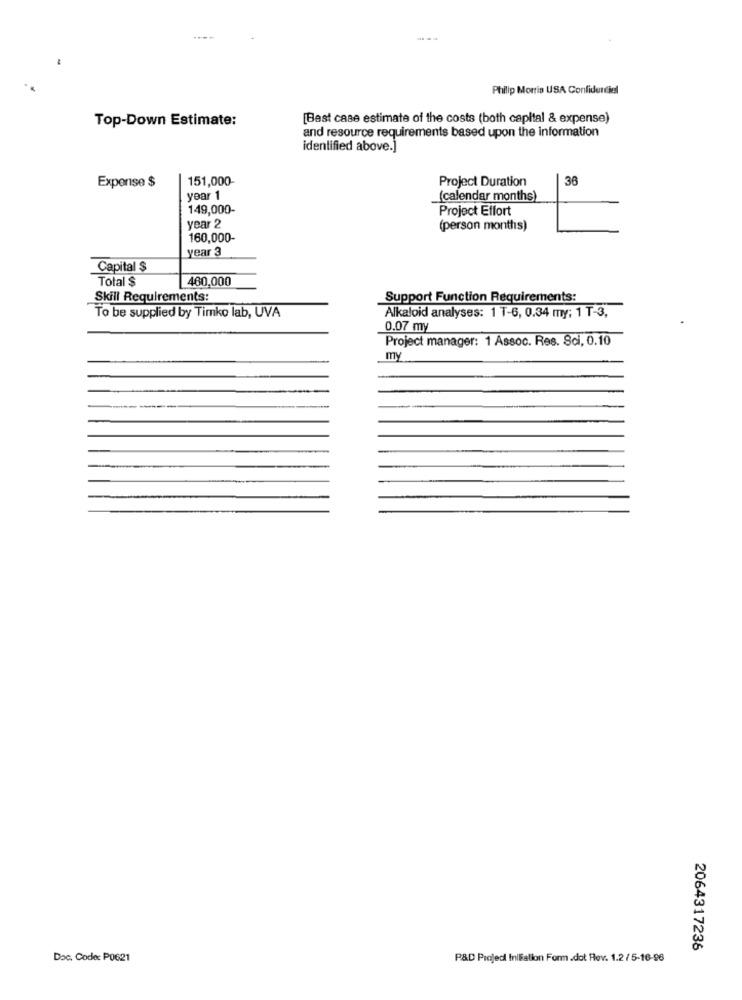
Philip Morris USA Confidentiel
Top-Down Estimate:
[Best case estimate of the costs (both capital & expense)
and resource requirements based upon the information
identified above.]
Expense $
151,000-
Project Duration
36
year 1
(calendar months)
149,000-
Project Effort
year 2
(person months)
160,000-
year 3
Capital $
Total $
460,000
Skill Requirements:
Support Function Requirements:
To be supplied by Timko lab, UVA
Alkaloid analyses: 1 T-6, 0.34 my; 1 T-3,
0.07 my
Project manager: 1 Assoc. Res. Sci, 0.10
my
----
2064317236
Doc. Code: P0621
P&D Projedi Inllation Form.dot Rev. 1.2/5-16-96